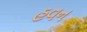
હવન